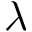
\lambda